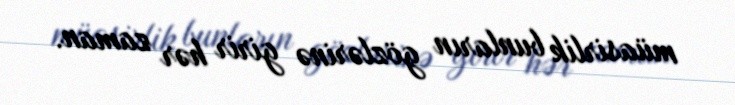
müasirlik bunların gözlərinə girir hər zaman.